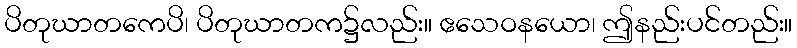
ပိတုဃာတကေပိ၊ ပိတုဃာတက၌လည်း။ ဧသေဝနယော၊ ဤနည်းပင်တည်း။